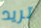
تريد